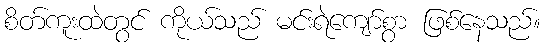
စိတ်ကူးထဲတွင် ကိုယ်သည် မင်းရဲကျော်စွာ ဖြစ်နေသည်။